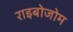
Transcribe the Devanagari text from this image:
राइबोजोम